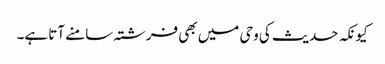
کیونکہ حدیث کی وحی میں بھی فرشتہ سامنے آتا ہے۔